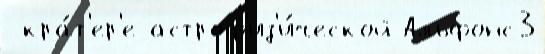
 кра́т'ер'е астроф'из'и́ческой Альфонс3